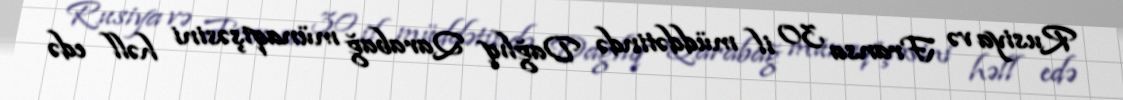
Rusiya və Fransa 30 il müddətində Dağlıq Qarabağ münaqişəsini həll edə